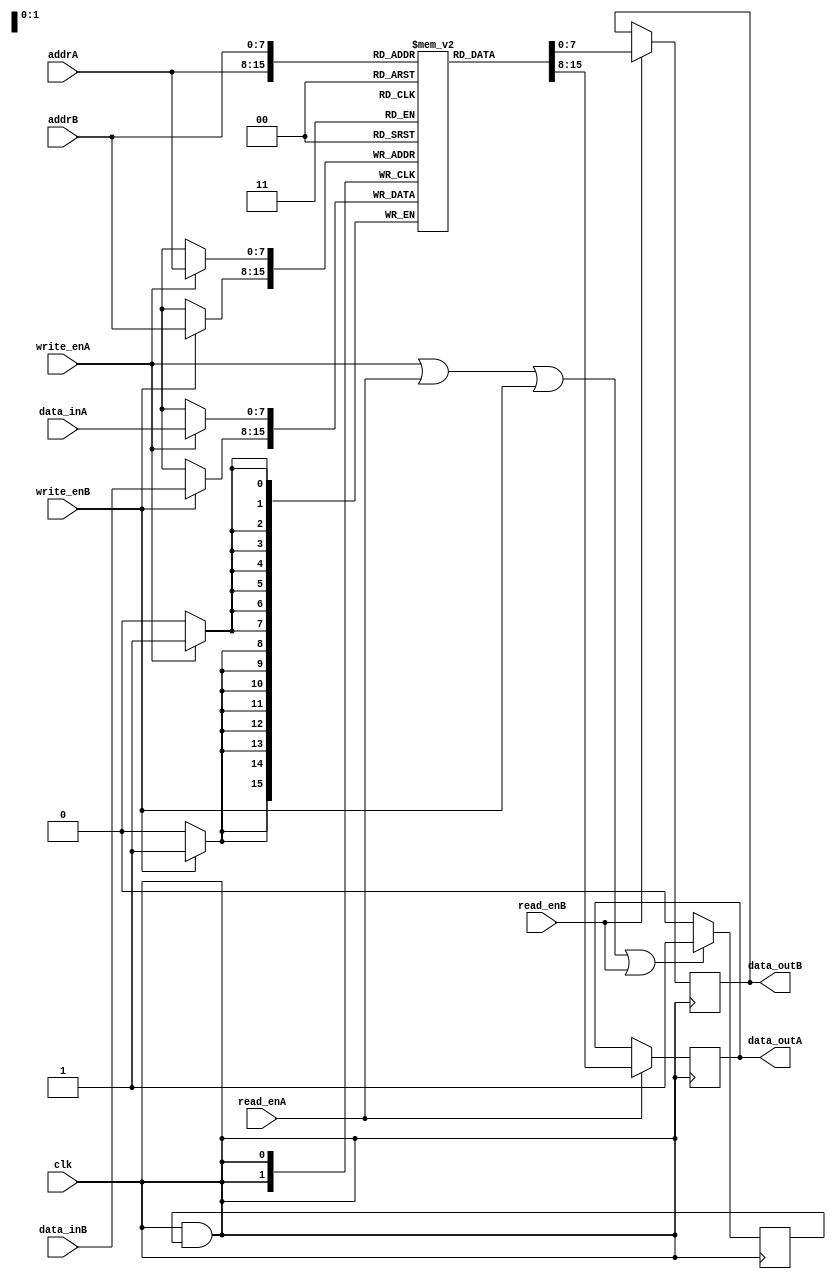
module dual_port_ram (
    input wire clk,
    input wire write_enA,
    input wire [7:0] addrA,
    input wire [7:0] data_inA,
    output reg [7:0] data_outA,
    input wire read_enA,
    
    input wire write_enB,
    input wire [7:0] addrB,
    input wire [7:0] data_inB,
    output reg [7:0] data_outB,
    input wire read_enB
);

reg [7:0] mem [0:255];

always @ (posedge clk) begin
    if (read_enA)
        data_outA <= mem[addrA];
    
    if (write_enA)
        mem[addrA] <= data_inA;
    
    if (read_enB)
        data_outB <= mem[addrB];
    
    if (write_enB)
        mem[addrB] <= data_inB;
end

reg clk_gated;

always @ (posedge clk) begin
    if (write_enA || read_enA || write_enB || read_enB)
        clk_gated <= 1'b1;
    else
        clk_gated <= 1'b0;
end

assign clk = clk & clk_gated;

endmodule